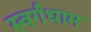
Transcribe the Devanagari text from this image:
स्वर्गधाम